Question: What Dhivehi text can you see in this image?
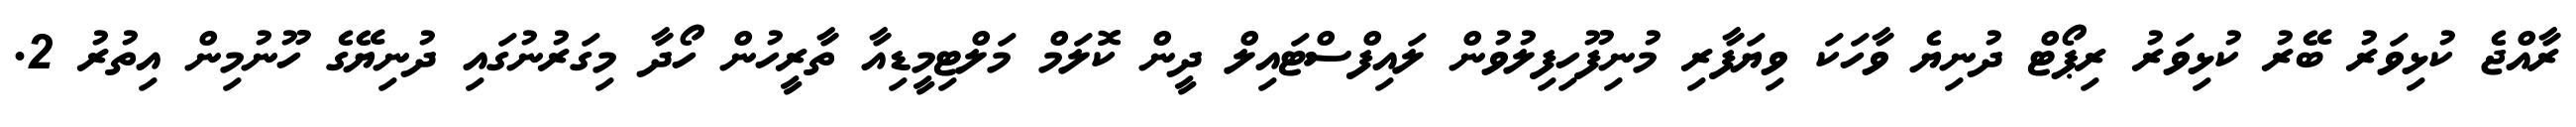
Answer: ރާއްޖެ ކުޅިވަރު ބޭރު ކުޅިވަރު ރިޕޯޓް ދުނިޔެ ވާހަކަ ވިޔަފާރި މުނިފޫހިފިލުވުން ލައިފްސްޓައިލް ދީން ކޮލަމް މަލްޓިމީޑިއާ ތާރީހުން ހޯދާ މިގަރުނުގައި ދުނިޔޭގެ ހޫނުމިން އިތުރު 2.